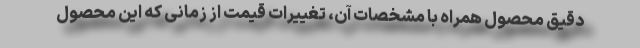
دقیق محصول همراه با مشخصات آن، تغییرات قیمت از زمانی که این محصول